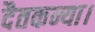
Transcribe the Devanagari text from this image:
दैतकन्या।